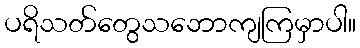
ပရိသတ်တွေသဘောကျကြမှာပါ။